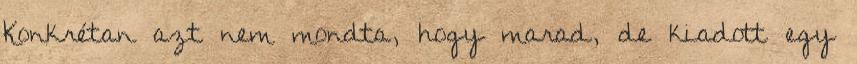
Konkrétan azt nem mondta, hogy marad, de kiadott egy